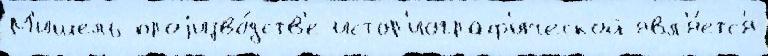
М'ишель проjизво́дств'е истор'иограф'ической явл'я́етс'я